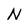
Character: N